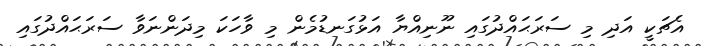
އެޗަކީ އަދި މި ސަރަޙައްދުގައި ނޫނިއްޔާ އަޅުގަނޑުމެން މި ވާހަކަ މިދަންނަވާ ސަރަޙައްދުގައި